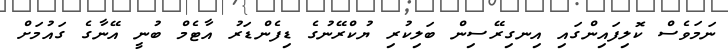
ނަމަވެސް ކޮލިފައިންގައި އިނގިރޭސިން ބަލިކުރި ޔުކްރޭނުގެ ޑިފެންޑަރު އާޓެމް ބުނީ އޭނާގެ ގައުމަށް